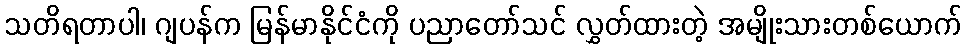
သတိရတာပါ၊ ဂျပန်က မြန်မာနိုင်ငံကို ပညာတော်သင် လွှတ်ထားတဲ့ အမျိုးသားတစ်ယောက်